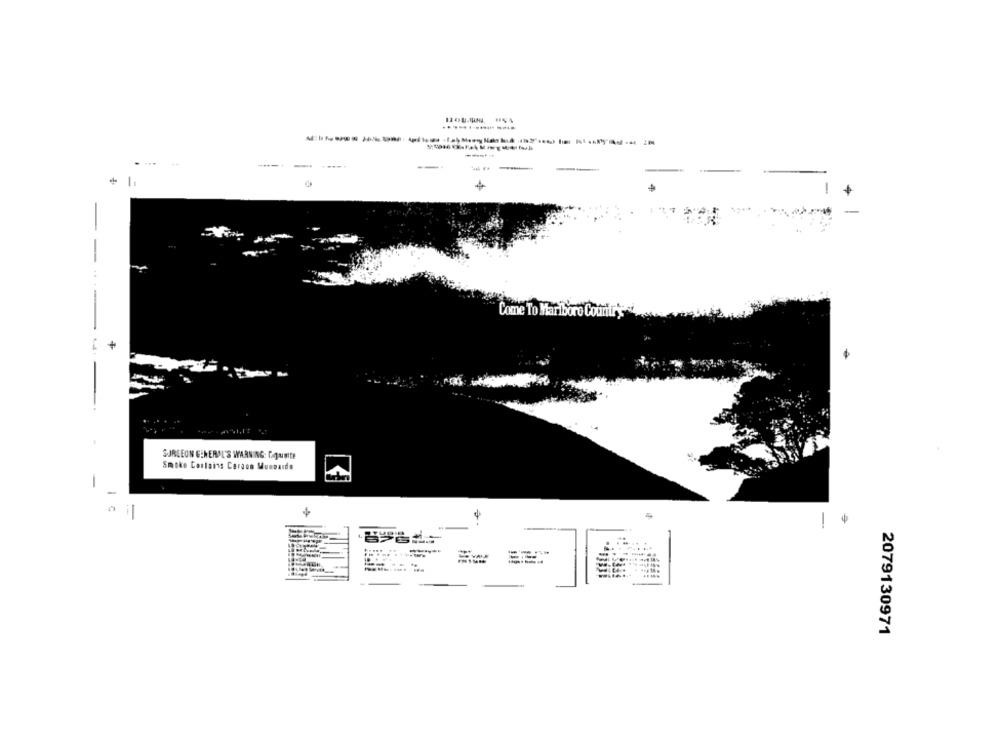
----.
-
--
Come To Mari
SURGEON GENERAL'S WARNING: DOumte
Smoke Contains Carson Munoaide
-
2079130971